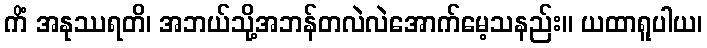
ကိံ အနုဿရတိ၊ အဘယ်သို့အဘန်တလဲလဲအောက်မေ့သနည်း။ ယထာရူပါယ၊